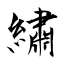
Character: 繡